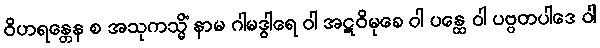
ဝိဟရန္တေန စ အသုကသ္မိံ နာမ ဂါမဒွါရေ ဝါ အဋဝိမုခေ ဝါ ပန္ထေ ဝါ ပဗ္ဗတပါဒေ ဝါ